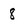
Character: 8